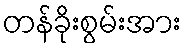
တန်ခိုးစွမ်းအား